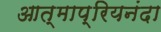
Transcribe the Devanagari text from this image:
आत्माप्रियनंदा